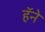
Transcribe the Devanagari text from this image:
हॅने